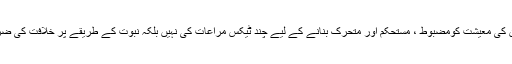
لہٰذا پاکستان کی معیشت کومضبوط ، مستحکم اور متحرک بنانے کے لیے چند ٹیکس مراعات کی نہیں بلکہ نبوت کے طریقے پر خلافت کی ضرورت ہے۔